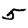
Digit: 5